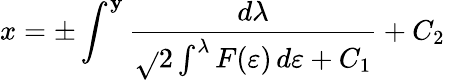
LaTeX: x=\pm\int^{\mathbf{y}}{\frac{{d\lambda}}{{\sqrt{}{{2\int^{\lambda}F(\varepsilon)\, d\varepsilon+C_{1}}}}}}+C_{2}\,